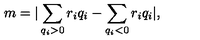
m = | \sum _ { q _ { i } > 0 } r _ { i } q _ { i } - \sum _ { q _ { i } < 0 } r _ { i } q _ { i } | ,